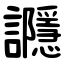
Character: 讔